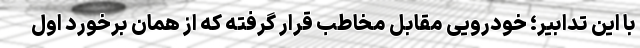
با این تدابیر؛ خودرویی مقابل مخاطب قرار گرفته که از همان برخورد اول